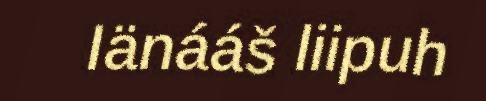
Iänááš liipuh